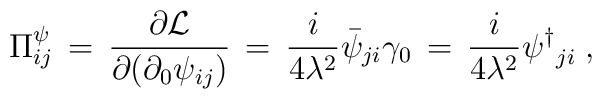
\Pi^{\psi}_{ij}\,=\, \frac{\partial {\cal L}}{\partial(\partial_{0}\psi_{ij})}\,=\,\frac{i}{4\lambda^{2}}\bar{\psi}_{ji}\gamma_{0}\,=\,\frac{i}{4\lambda^{2}}{{\psi}^{\dagger}}_{ji} \; ,